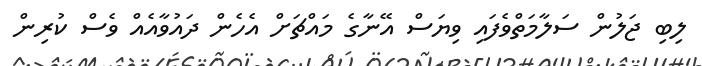
ލިބި ޖަލުން ސަލާމަތްވެފައި ވިޔަސް އޭނާގެ މައްޗަށް އެހެން ދައުވާއެއް ވެސް ކުރިން